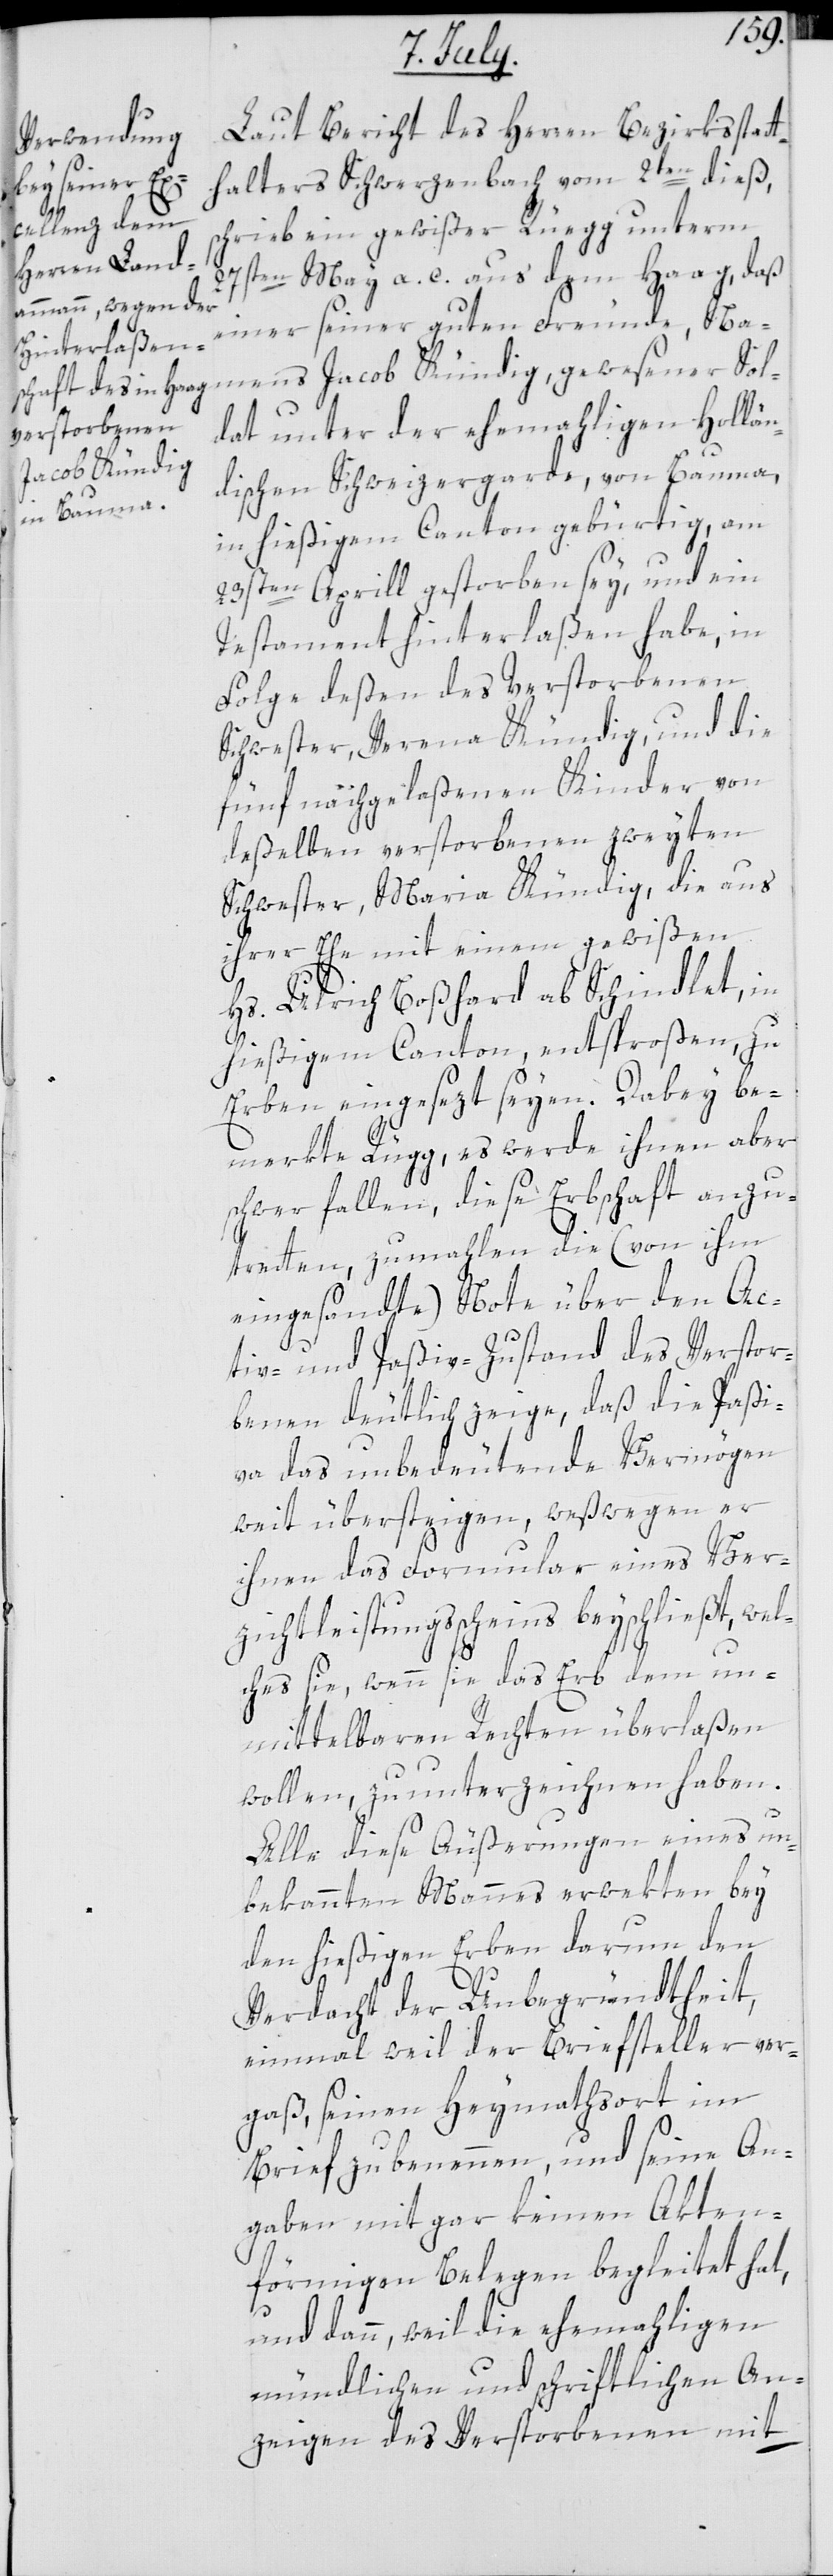
Laut Bericht des Herren Bezirksstatt¬
halters Schwerzenbach vom 2ten dieß,
schrieb ein gewißer Rüegg unterm
27sten May a. c. aus dem Haag, daß
einer seiner guten Freunde, Na¬
mens Jacob Kündig, gewesener Sol¬
dat unter der ehemaligen Hollän¬
dischen Schweizergarde, von Bauma,
in hießigem Canton gebürtig, am
23sten Aprill gestorben sey, und ein
Testament hinterlaßen habe, in
Folge deßen des Verstorbenen
Schwester, Verena Kündig, und die
fünf nachgelaßenen Kinder von
deßelben verstorbenen zweyten
Schwester, Maria Kündig, die aus
ihrer Ehe mit einem gewißen
Hs. Ulrich Boßhard ab Schindlet, in
hießigem Canton, entsproßen, zu
Erben eingesezt seyen. Dabey be¬
merkte Rüegg, es werde ihnen aber
schwer fallen, diese Erbschaft anzu¬
tretten, zumahlen die (von ihm
eingesandte) Note über den Ac¬
tiv- und Paßiv-Zustand des Verstor¬
benen deutlich zeige, daß die Paßi¬
va das unbedeutende Vermögen
weit übersteigen, weßwegen er
ihnen das Formular eines Ver¬
zichtleistungs-Scheins beyschließt, wel¬
ches sie, wenn sie das Erb dem un¬
mittelbaren Rechten überlaßen
wollen, zu unterzeichnen haben.
Alle diese Äußerungen eines un¬
bekannten Mannes erwekten bey
den hießigen Erben darum den
Verdacht der Unbegründtheit,
einmal weil der Briefsteller ver¬
gaß, seinen Heymathsort im
Brief zu benennen und seine An¬
gaben mit gar keinen Akten¬
förmigen Belegen begleitet hat,
und dann, weil die ehemaligen
mündlichen und schriftlichen An¬
zeigen des Verstorbenen mit